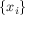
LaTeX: \left\lbrace x _ { i } \right\rbrace